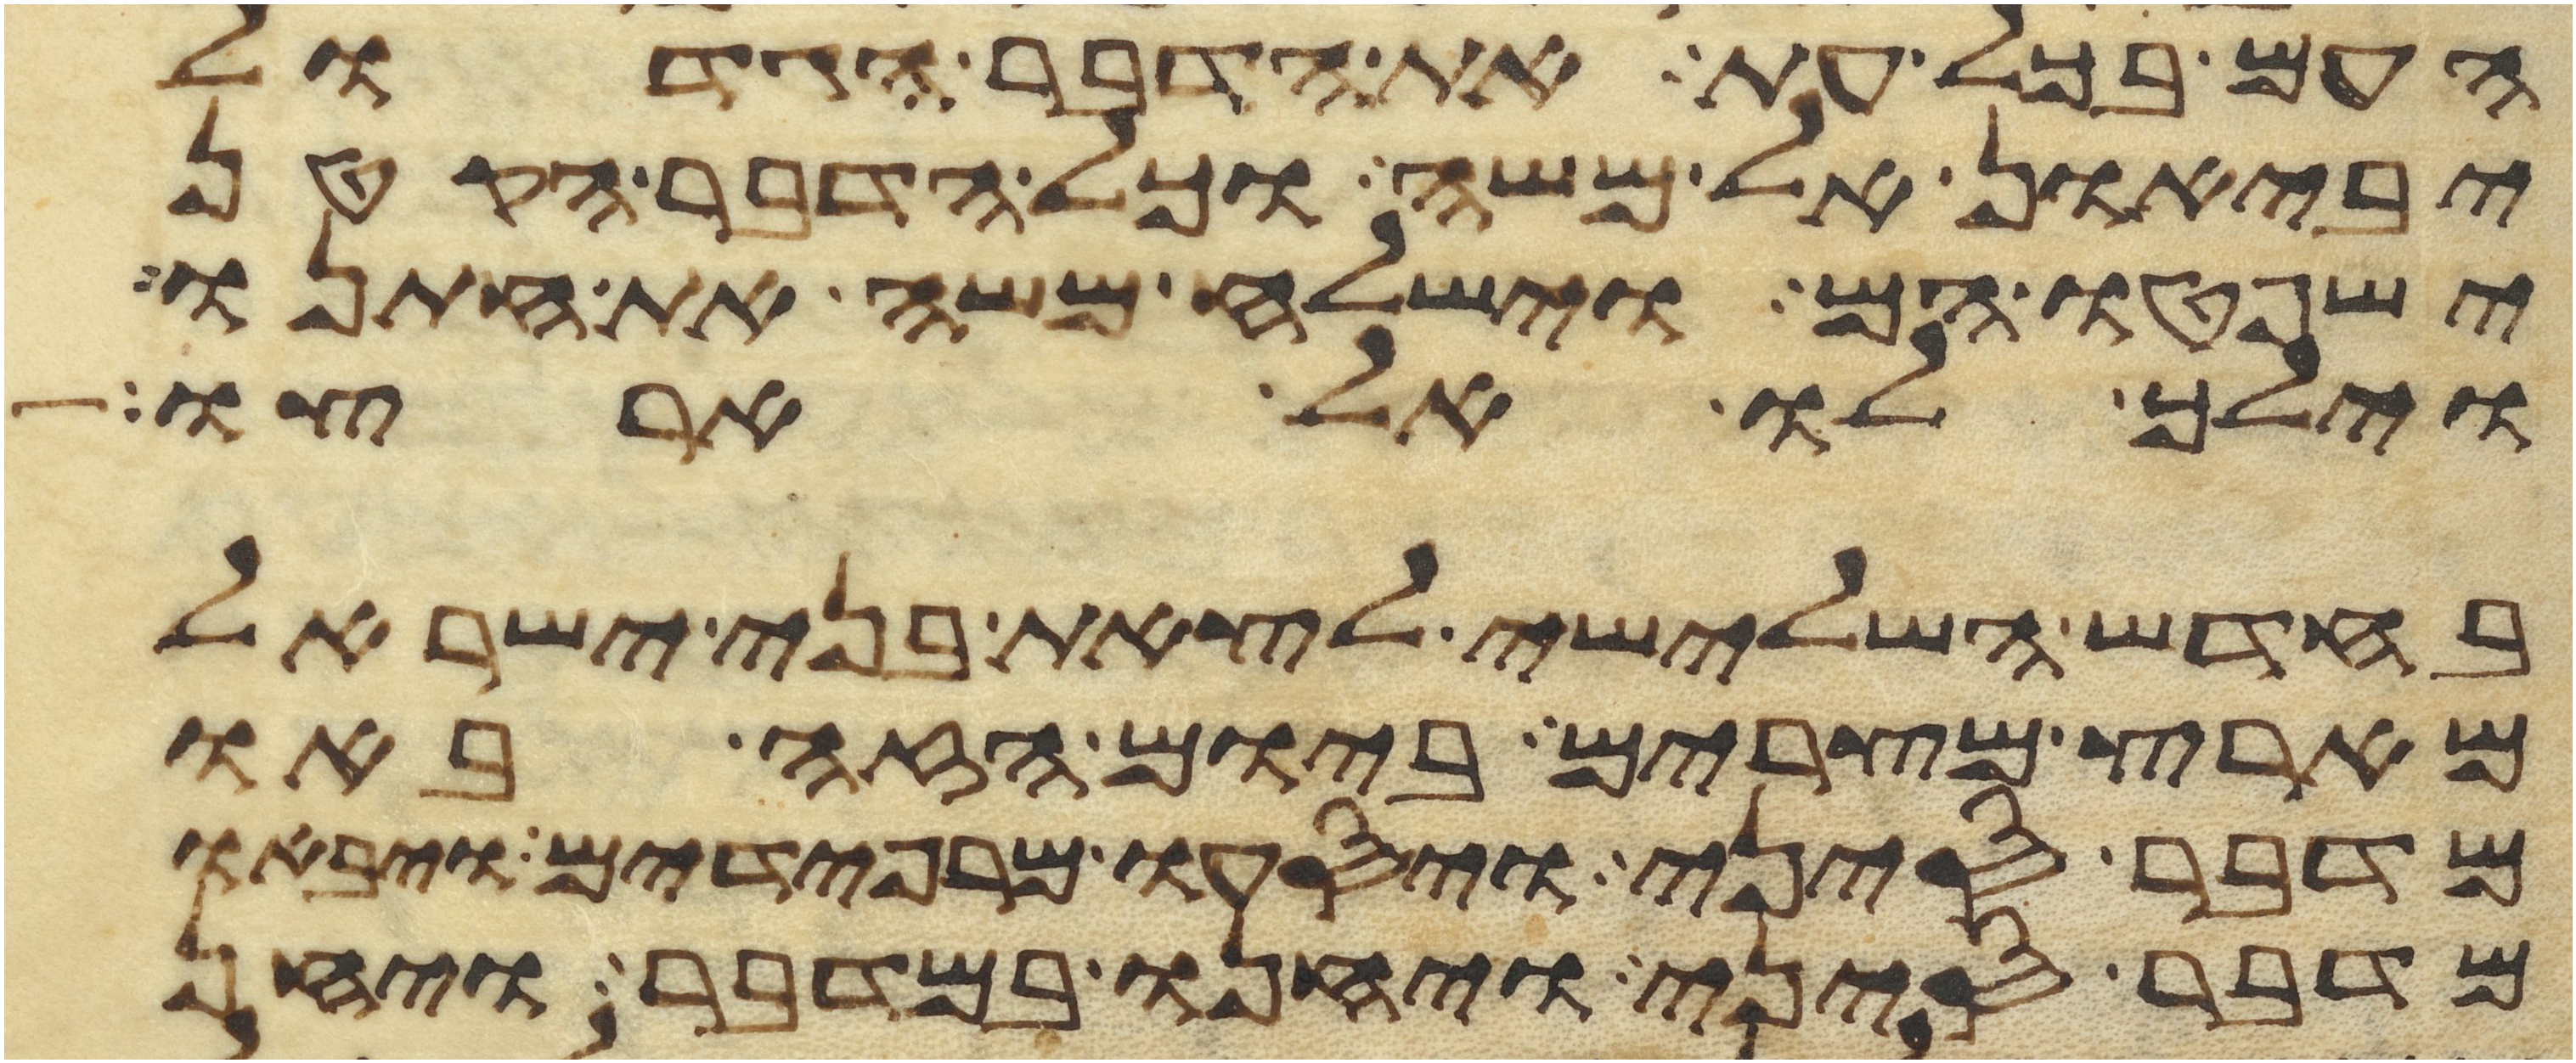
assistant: העם בכל עת את הדבר הגדול
יביאון אל משה וכל הדבר הקטן
ישפטו הם וישלח משה את חתנו
וילך לו אל ארצו
בחדש השלישי לצאת בני ישראל
מארץ מצרים ביום הזה באו
מדבר סיני ויסעו מרפידים ויבאו
מדבר סיני ויחנו במדבר ויחן